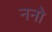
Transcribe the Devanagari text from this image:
ननो